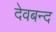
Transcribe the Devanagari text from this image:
देवबन्‍द